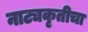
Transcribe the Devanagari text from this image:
नाट्यकृतीचा